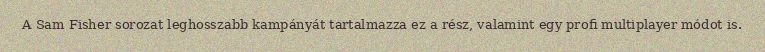
A Sam Fisher sorozat leghosszabb kampányát tartalmazza ez a rész, valamint egy profi multiplayer módot is.